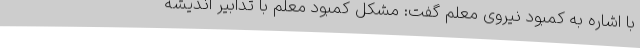
با اشاره به کمبود نیروی معلم گفت: مشکل کمبود معلم با تدابیر اندیشه